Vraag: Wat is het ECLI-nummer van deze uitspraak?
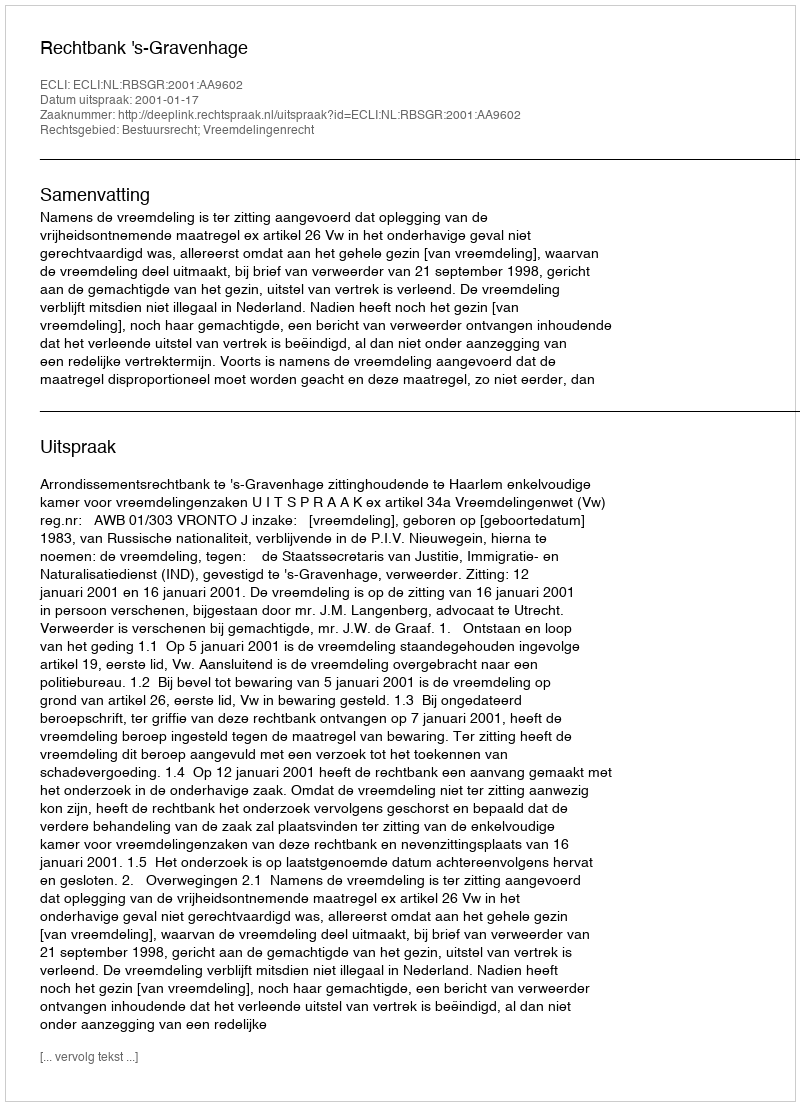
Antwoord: ECLI:NL:RBSGR:2001:AA9602